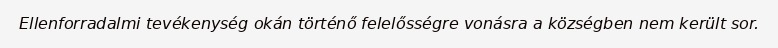
Ellenforradalmi tevékenység okán történő felelősségre vonásra a községben nem került sor.